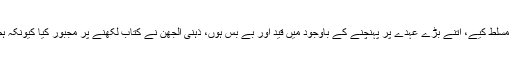
انہوں نے مزید کہا کہ ریاست نے ہمیشہ عوام پر فیصلے مسلط کیے، اتنے بڑے عہدے پر پہنچنے کے باوجود میں قید اور بے بس ہوں، ذہنی الجھن نے کتاب لکھنے پر مجبور کیا کیونکہ ہم ریاستی فیصلوں کے مطابق اظہار رائے نہیں کرسکتے۔